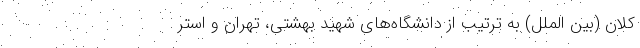
کلان (بین الملل) به ترتیب از دانشگاه‌های شهید بهشتی، تهران و استر